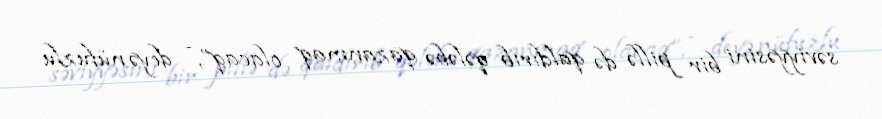
səviyyəsini bir pillə də qaldırıb qələbə qazanmaq olacaq”, - deyə nüfuzlu